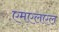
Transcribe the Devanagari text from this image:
एमएलएल